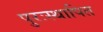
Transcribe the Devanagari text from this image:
पुरःस्थापित